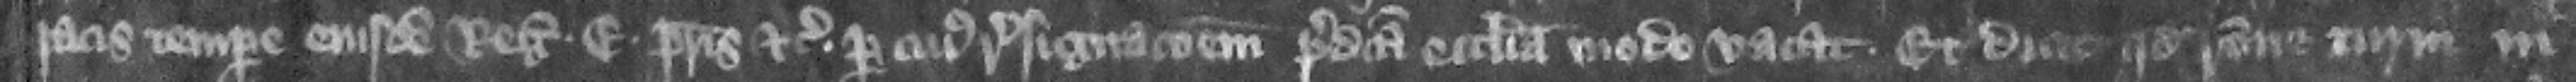
pacis tempore eiusdem regis Edwardi patris etc. per cuius resignacionem predicta ecclesia modo vacat. Et dicit quod racione turni in